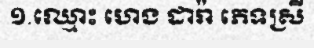
១.ឈ្មោះ ហេង ដារ៉ា ភេទស្រី